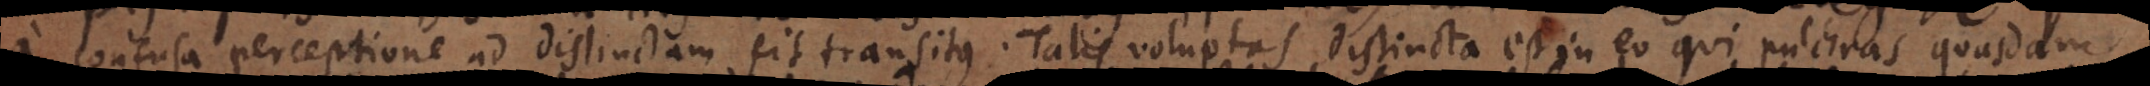
a confusa perceptione ad distinctam fit transitus. Talis voluptas distincta est in eo qui pulchras quasdam